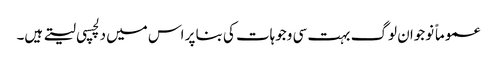
عموماً نوجوان لوگ بہت سی وجوہات کی بنا پر اس میں دلچسپی لیتے ہیں۔